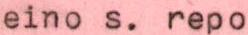
eino s. repo